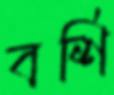
বর্শি